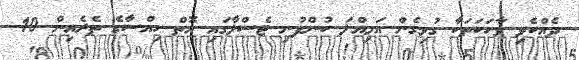
ދެއްކެވި ވާހަކަތަކާ ގުޅިގެން އަމިއްލަ ކުންފުނި ޓެސްލާގައި އޮތް ހިއްސާގެ ތެރެއިން 10